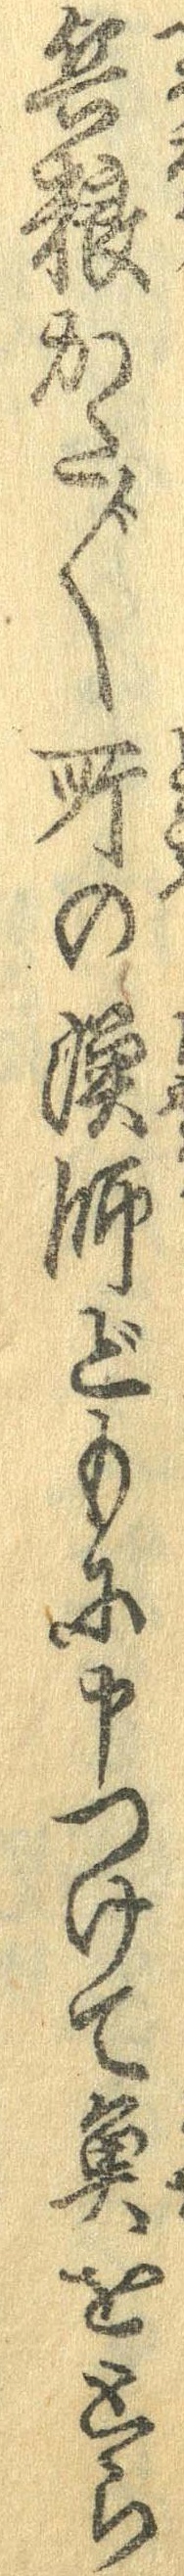
兵糧かた〲所の漁師どもに申つけて魚をとら